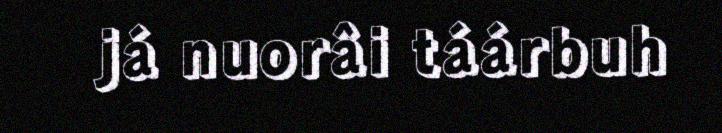
já nuorâi táárbuh